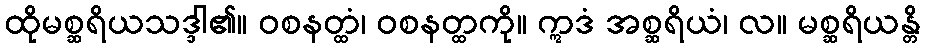
ထိုမစ္ဆရိယသဒ္ဒါ၏။ ဝစနတ္ထံ၊ ဝစနတ္ထကို။ ဣဒံ အစ္ဆရိယံ၊ လ။ မစ္ဆရိယန္တိ